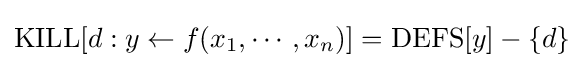
{\rm {KILL}}[d:y\leftarrow f(x_{1},\cdots ,x_{n})]={\rm {DEFS}}[y]-\{d\}